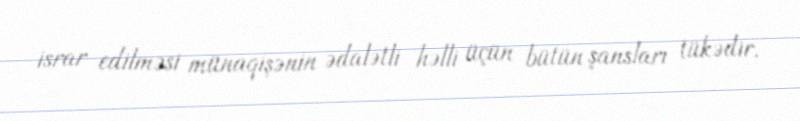
israr edilməsi münaqişənin ədalətli həlli üçün bütün şansları tükədir.